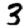
Digit: 3